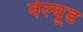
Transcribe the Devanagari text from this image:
वेल्यूड